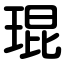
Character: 琨